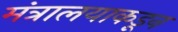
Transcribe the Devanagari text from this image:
मंत्रालयाकडून